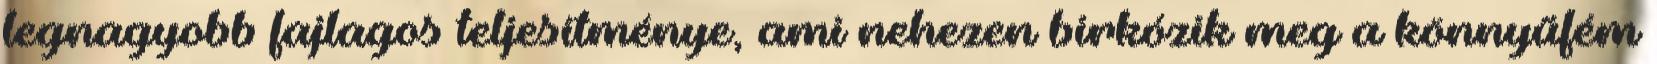
legnagyobb fajlagos teljesítménye, ami nehezen birkózik meg a könnyűfém